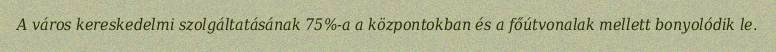
A város kereskedelmi szolgáltatásának 75%-a a központokban és a főútvonalak mellett bonyolódik le.